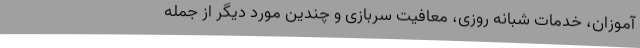
آموزان، خدمات شبانه روزی، معافیت سربازی و چندین مورد دیگر از جمله